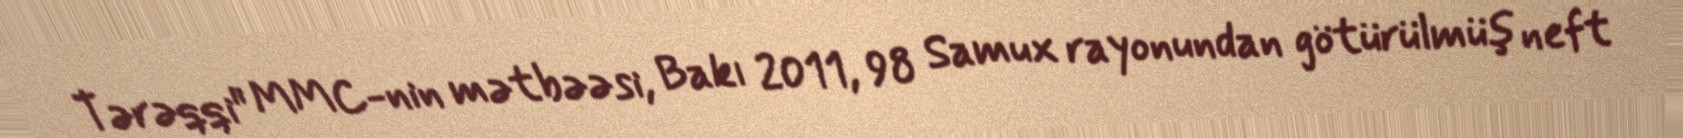
Tərəqqi" MMC-nin mətbəəsi, Bakı 2011, 98 Samux rayonundan götürülmüş neft